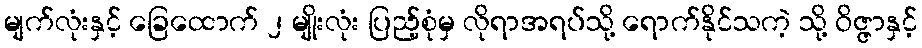
မျက်လုံးနှင့် ခြေထောက် ၂ မျိုးလုံး ပြည့်စုံမှ လိုရာအရပ်သို့ ရောက်နိုင်သကဲ့ သို့ ဝိဇ္ဇာနှင့်